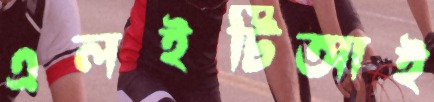
এলইটিআই